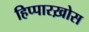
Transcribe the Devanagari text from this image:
हिप्पारख़ोस